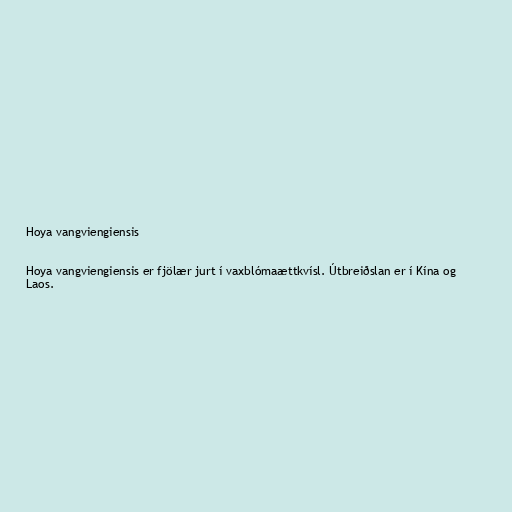
Hoya vangviengiensis

Hoya vangviengiensis er fjölær jurt í vaxblómaættkvísl. Útbreiðslan er í Kína og
Laos.